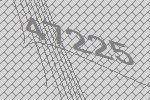
47225